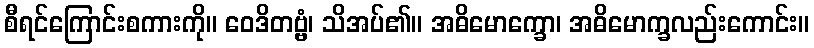
စီရင်ကြောင်းစကားကို။ ဝေဒိတဗ္ဗံ၊ သိအပ်၏။ အဓိမောက္ခော၊ အဓိမောက္ခလည်းကောင်း။